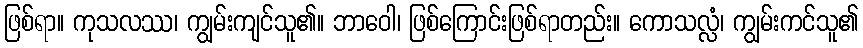
ဖြစ်ရာ။ ကုသလဿ၊ ကျွမ်းကျင်သူ၏။ ဘာဝေါ၊ ဖြစ်ကြောင်းဖြစ်ရာတည်း။ ကောသလ္လံ၊ ကျွမ်းကင်သူ၏